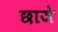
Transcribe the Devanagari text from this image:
छाजे